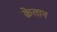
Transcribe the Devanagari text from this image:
क्रेतान